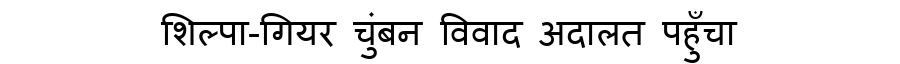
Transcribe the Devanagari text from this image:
शिल्पा-गियर चुंबन विवाद अदालत पहुँचा